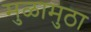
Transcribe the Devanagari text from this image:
मुळामुठा